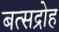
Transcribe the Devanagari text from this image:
बत्सद्रोह